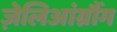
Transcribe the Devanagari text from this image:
ज़ेलिआंग्रौंग